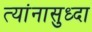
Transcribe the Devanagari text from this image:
त्यांनासुध्दा